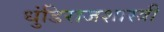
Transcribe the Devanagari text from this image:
धुंडिराजशास्त्री